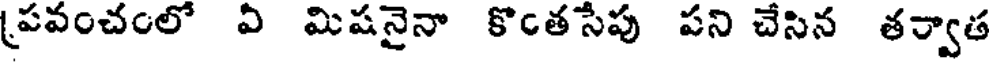
(పవంచంలో వి మిషనైనా కొంతసేపు పని చేసిన తర్వాత